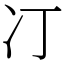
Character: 㓅